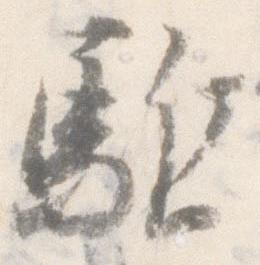
駈